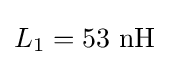
L_{1}=53\ \mathrm {nH}